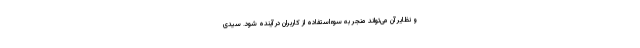
و نظایر آن می‌تواند منجر به سوءاستفاده از کاربران در آِینده شود. سیدی